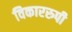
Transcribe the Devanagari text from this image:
विकाररुपी